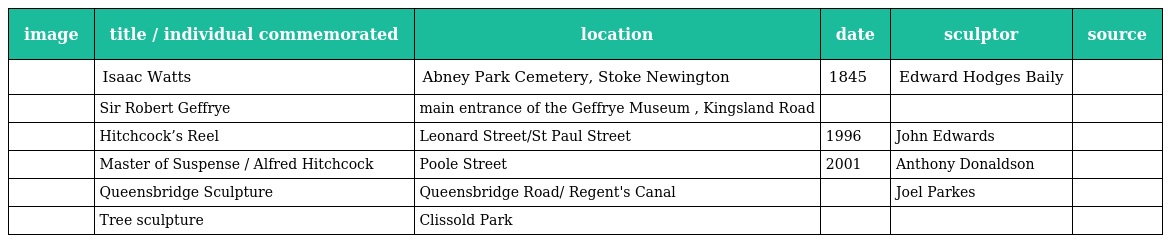
| image | title / individual commemorated | location | date | sculptor | source |
 | --- | --- | --- | --- | --- | --- |
 |  | Isaac Watts | Abney Park Cemetery, Stoke Newington | 1845 | Edward Hodges Baily |  |
 |  | Sir Robert Geffrye | main entrance of the Geffrye Museum , Kingsland Road |  |  |  |
 |  | Hitchcock’s Reel | Leonard Street/St Paul Street | 1996 | John Edwards |  |
 |  | Master of Suspense / Alfred Hitchcock | Poole Street | 2001 | Anthony Donaldson |  |
 |  | Queensbridge Sculpture | Queensbridge Road/ Regent's Canal |  | Joel Parkes |  |
 |  | Tree sculpture | Clissold Park |  |  |  |